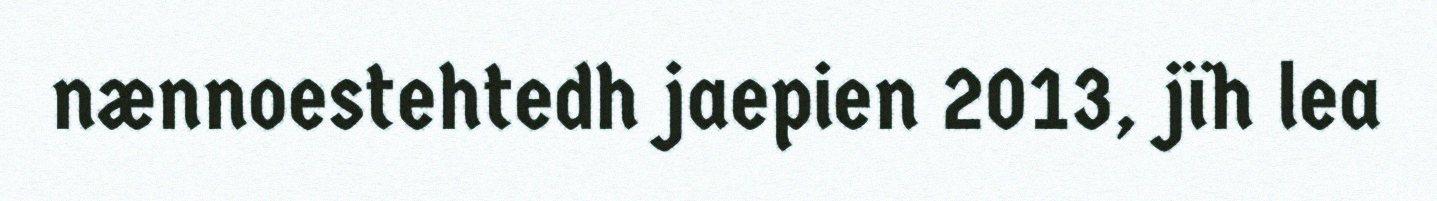
nænnoestehtedh jaepien 2013, jïh lea